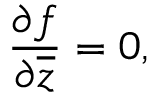
{ \frac { \partial f } { \partial { \overline { { z } } } } } = 0 ,